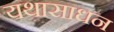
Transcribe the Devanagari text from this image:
यथासाधन